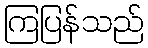
ကြပြန်သည်